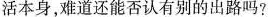
活本身，难道还能否认有别的出路吗?